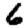
Digit: 6